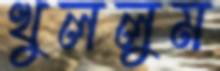
খুললুম